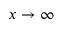
x \to \infty